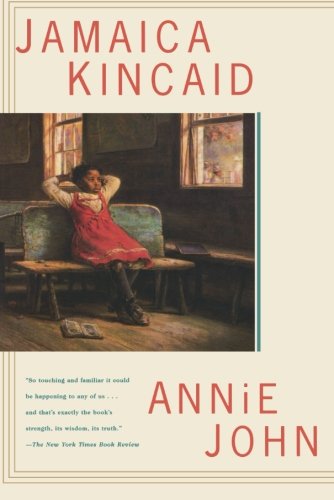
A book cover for Annie John: A Novel; Jamaica Kincaid; Literature & Fiction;